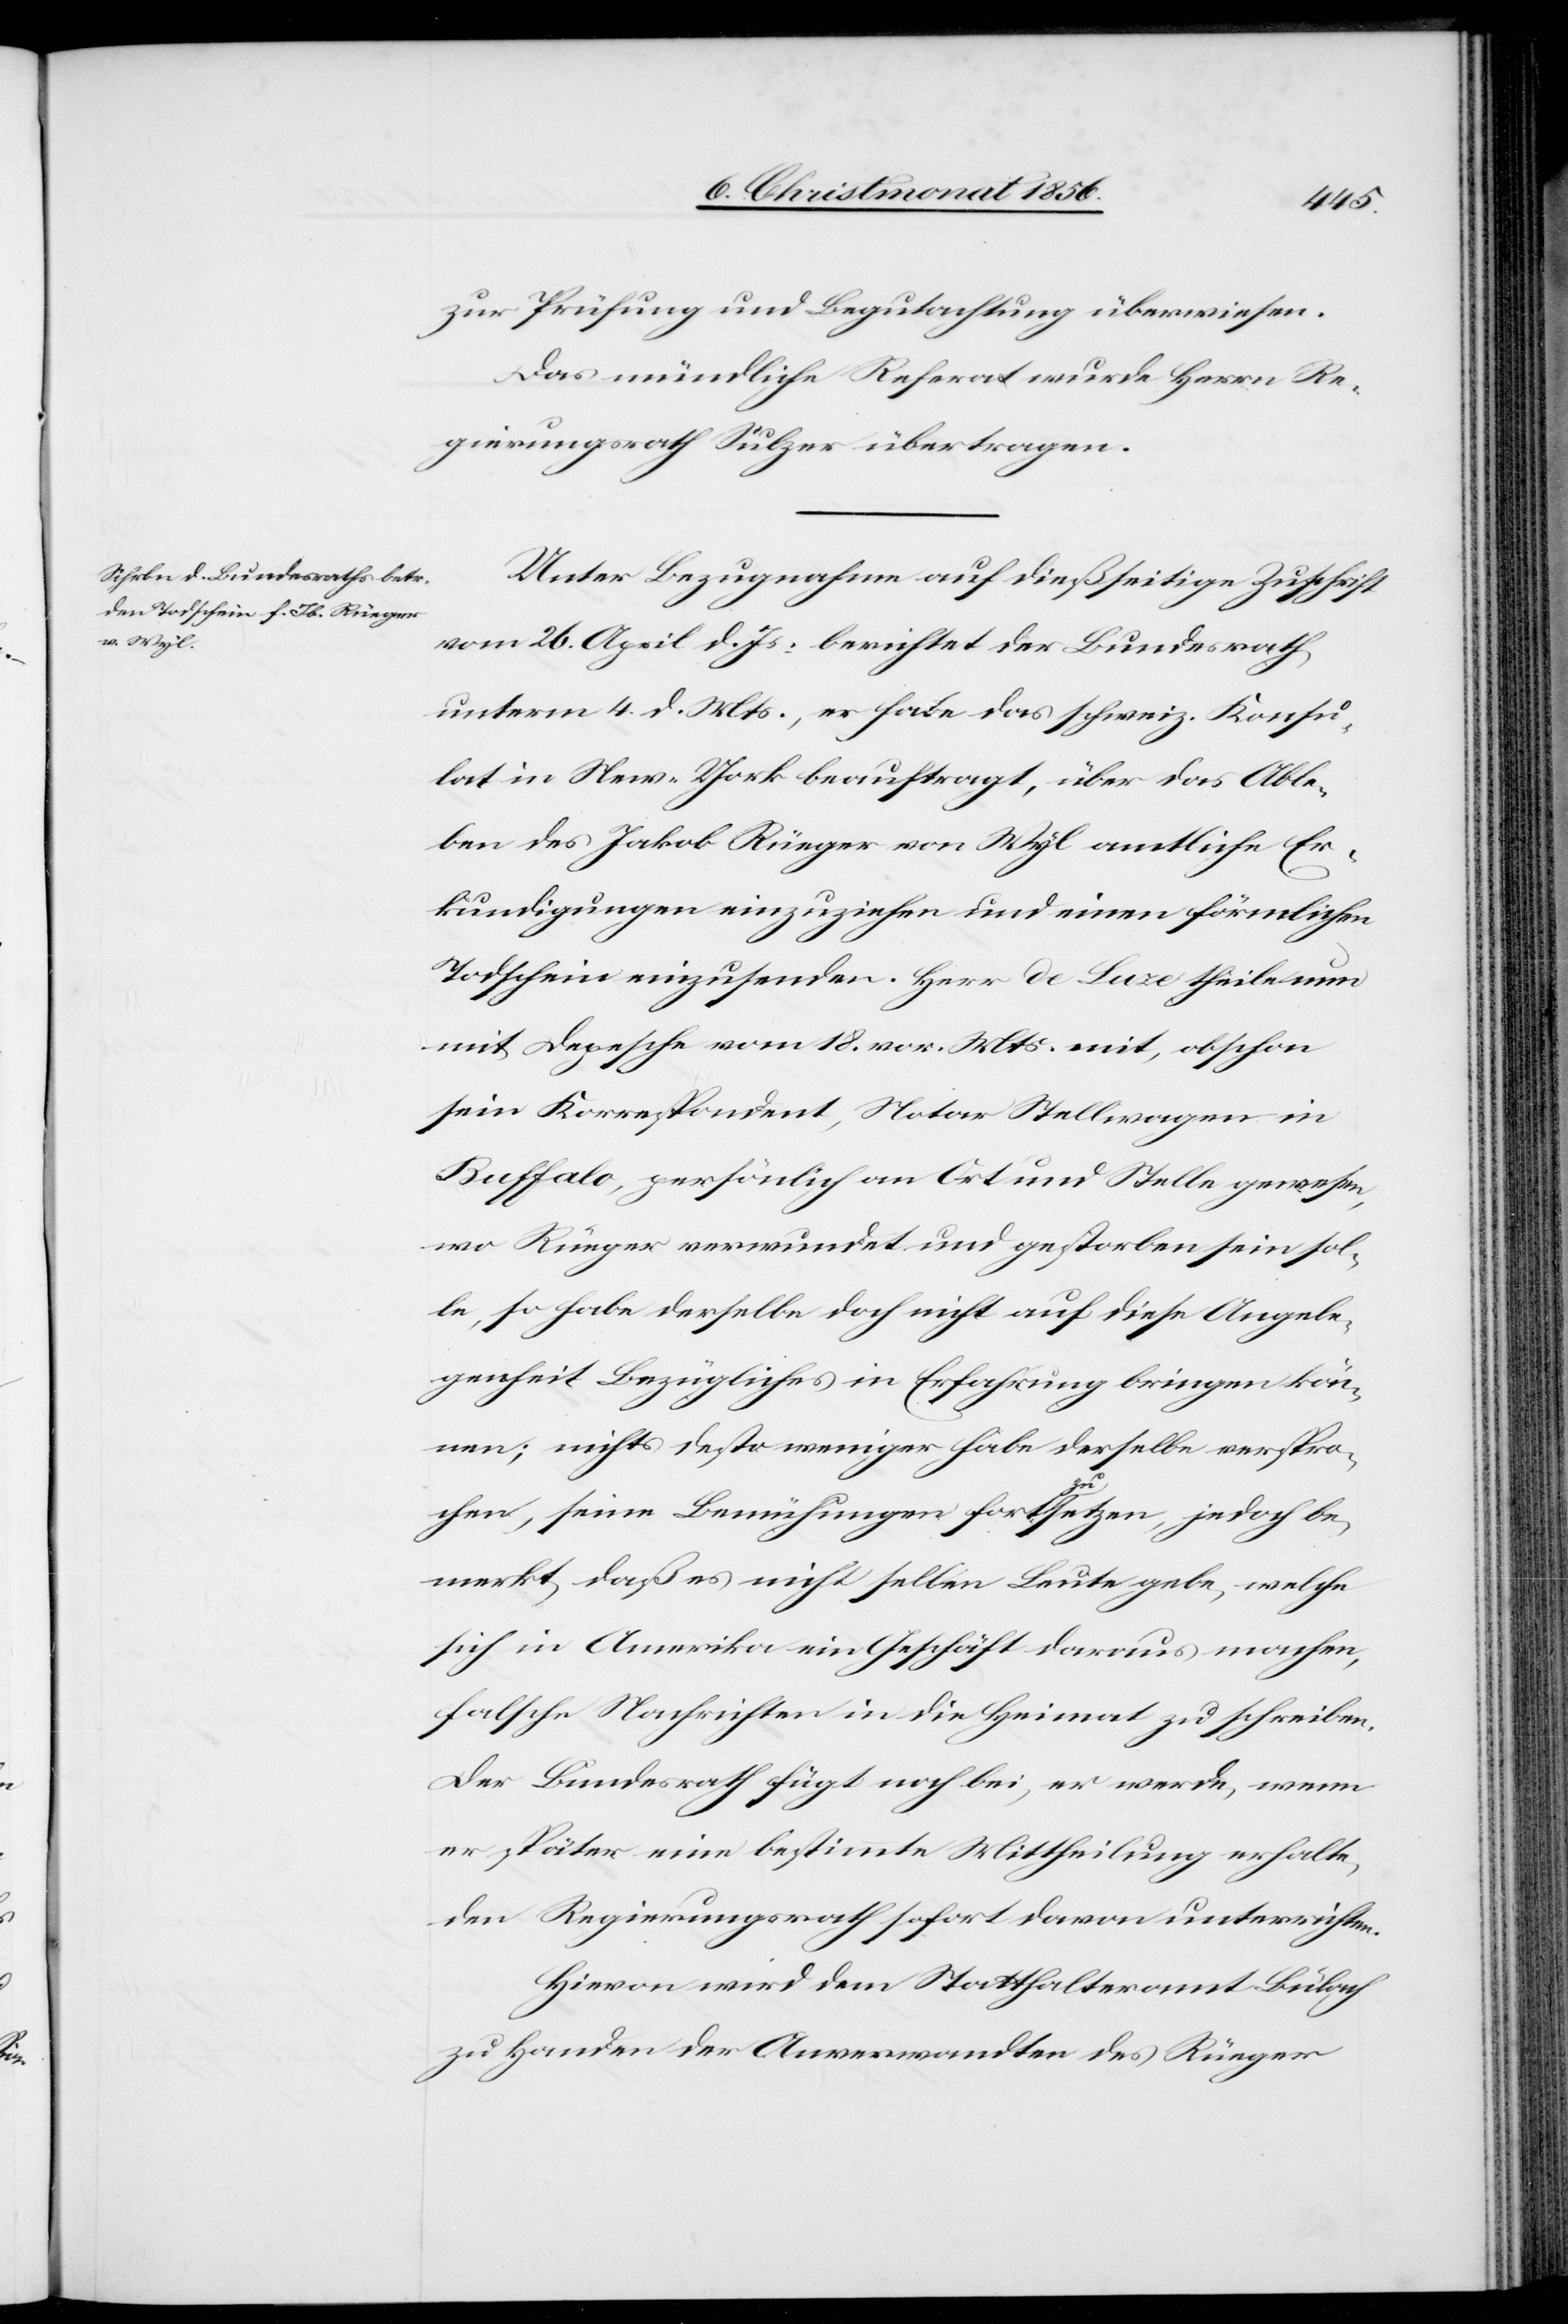
zur Prüfung und Begutachtung überwiesen.
Das mündliche Referat wurde Herrn Re¬
gierungsrath Sulzer übertragen.
Unter Bezugnahme auf dießseitige Zuschrift
vom 26. April d. Js. berichtet der Bundesrath
unterm 4. d. Mts., er habe das schweiz. Konsu¬
lat in New-York beauftragt, über das Able¬
ben des Jakob Rüeger von Wyl amtliche Er¬
kundigungen einzuziehen und einen förmlichen
Todschein einzusenden. Herr de Luze theile nun
mit Depesche vom 18. vor. Mts. mit, obschon
sein Korrespondent, Notar Stellwagen in
Buffalo, persönlich an Ort und Stelle gewesen,
wo Rüeger verwundet und gestorben sein sol¬
le, so habe derselbe doch nicht auf diese Angele¬
genheit Bezügliches in Erfahrung bringen kön¬
nen; nichts desto weniger habe derselbe verspro¬
chen, seine Bemühungen forta-zu-asetzen, jedoch be¬
merkt, daß es nicht selten Leute gebe, welche
sich in Amerika ein Geschäft daraus machen,
falsche Nachrichten in die Heimat zu schreiben.
Der Bundesrath fügt noch bei, er werde, wenn
er später eine bestimmte Mittheilung erhalte,
den Regierungsrath sofort davon unterrichten.
Hievon wird dem Statthalteramt Bülach
zu Handen der Anverwandten des Rüeger